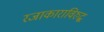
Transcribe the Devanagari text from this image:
रजाकाराविरुद्ध